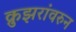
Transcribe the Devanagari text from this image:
क्रुझरांवरुन